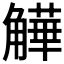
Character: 𧤻